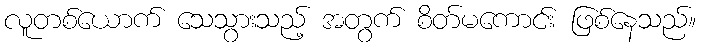
လူတစ်ယောက် သေသွားသည့် အတွက် စိတ်မကောင်း ဖြစ်နေသည်။